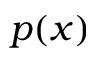
p ( x )